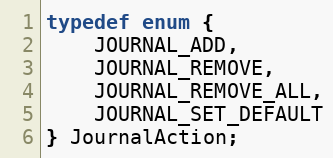
Language: C
typedef enum {
    JOURNAL_ADD,
    JOURNAL_REMOVE,
    JOURNAL_REMOVE_ALL,
    JOURNAL_SET_DEFAULT
} JournalAction;